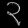
Digit: ၃